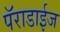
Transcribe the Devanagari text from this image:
पॅराडाईज